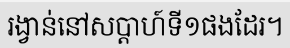
រង្វាន់នៅសប្តាហ៍ទី១ផងដែរ។